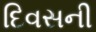
દિવસની